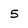
Character: 5